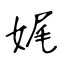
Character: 娓